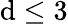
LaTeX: \mathrm{d}\le3